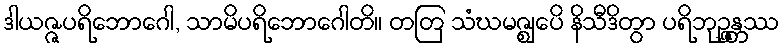
ဒါယဇ္ဇပရိဘောဂေါ, သာမိပရိဘောဂေါတိ။ တတြ သံဃမဇ္ဈေပိ နိသီဒိတွာ ပရိဘုဉ္ဇန္တဿ